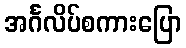
အင်္ဂလိပ်စကားပြော